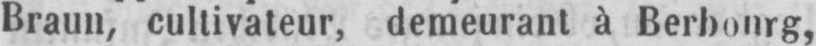
Braun, cultivateur, demeurant à Berbourg,